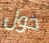
حول